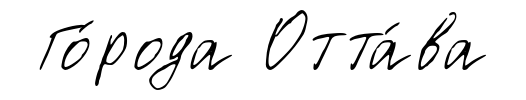
Го́рода Отта́ва